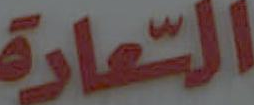
التعادة